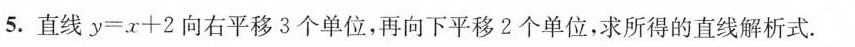
5.直线$$y = x + 2$$向右平移3个单位，再向下平移2个单位，求所得的直线解析式.